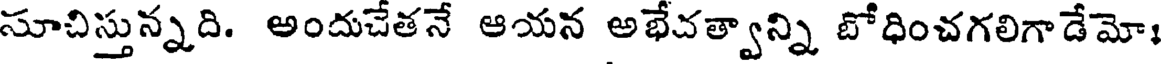
సూచిస్తున్నది. అందుచేతనే ఆయన అభేచత్వాన్ని బోధించగలిగాడేమో